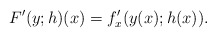
\begin{align*}F'(y;h)(x)=f_{x}'(y(x);h(x)).\end{align*}